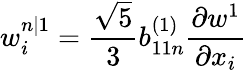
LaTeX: w_{i}^{n|1}=\frac{\sqrt{5}}{3}b_{11n}^{(1)}\frac{\partial w^{1}}{\partial x_{i}}